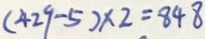
( 4 2 9 - 5 ) \times 2 = 8 4 8